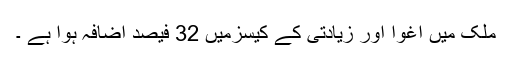
ملک میں اغوا اور زیادتی کے کیسزمیں 32 فیصد اضافہ ہوا ہے ۔